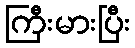
ကြီးမားပြီး